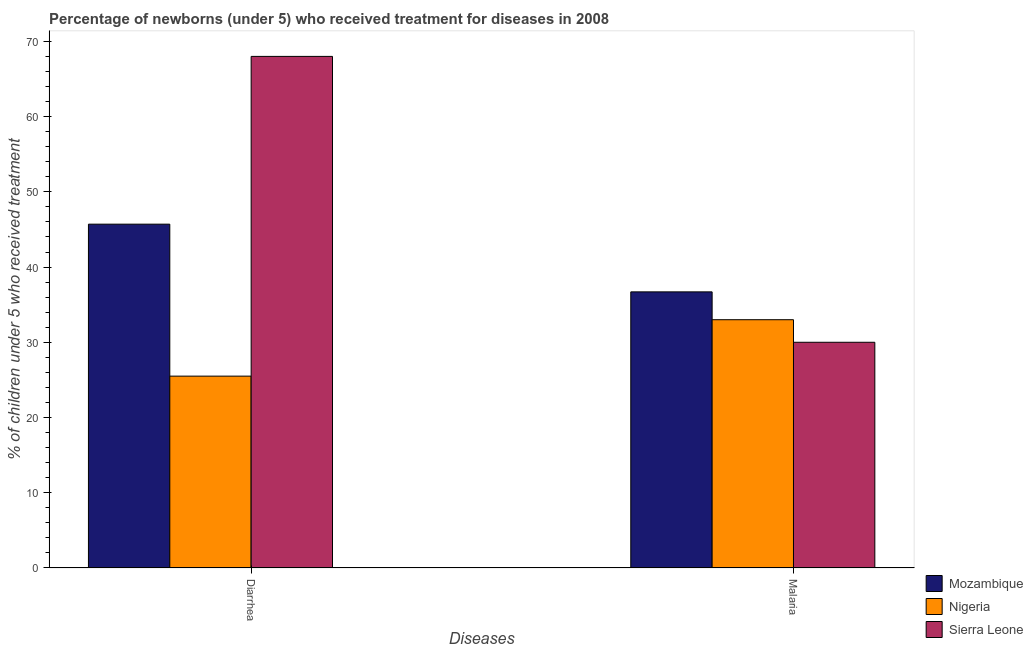
| Diseases | Mozambique | Nigeria | Sierra Leone |
 | --- | --- | --- | --- |
 | Diarrhea | 45.7 | 25.5 | 68 |
 | Malaria | 36.7 | 33 | 30 |